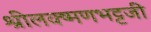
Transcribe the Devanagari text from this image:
श्रीलक्ष्मणभट्टजी